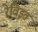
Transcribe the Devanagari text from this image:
रेविइत